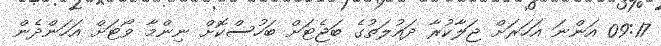
09:17 އަންނަ އަހަރަށް ޖަލާކުރާ ދައުލަތުގެ ބަޖެޓަށް ބަހުސްކޮށް ނިންމާ ވޯޓަށް އަހަންދެން